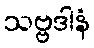
သဗ္ဗဒါနံ